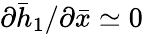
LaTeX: \partial\bar{h}_{1}/\partial\bar{x}\simeq 0